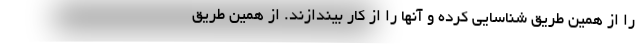
را از همین طریق شناسایی کرده و آنها را از کار بیندازند. از همین طریق